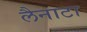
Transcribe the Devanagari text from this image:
लैनाटा